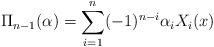
\begin{align*} \Pi_{n-1}(\alpha)= \displaystyle{\sum_{i=1}^n}(-1)^{n-i}\alpha_i X_i(x)\end{align*}